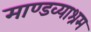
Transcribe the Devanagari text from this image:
माण्डव्याश्रम